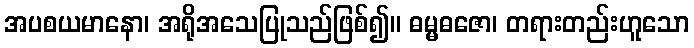
အပစယမာနော၊ အရိုအသေပြုသည်ဖြစ်၍။ ဓမ္မဓဇော၊ တရားတည်းဟူသော